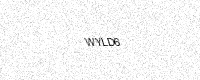
Text: WYLD6